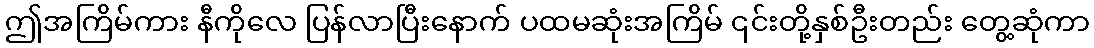
ဤအကြိမ်ကား နီကိုလေ ပြန်လာပြီးနောက် ပထမဆုံးအကြိမ် ၎င်းတို့နှစ်ဦးတည်း တွေ့ဆုံကာ